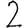
Digit: 2